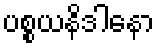
ပစ္စယနိဒါနော